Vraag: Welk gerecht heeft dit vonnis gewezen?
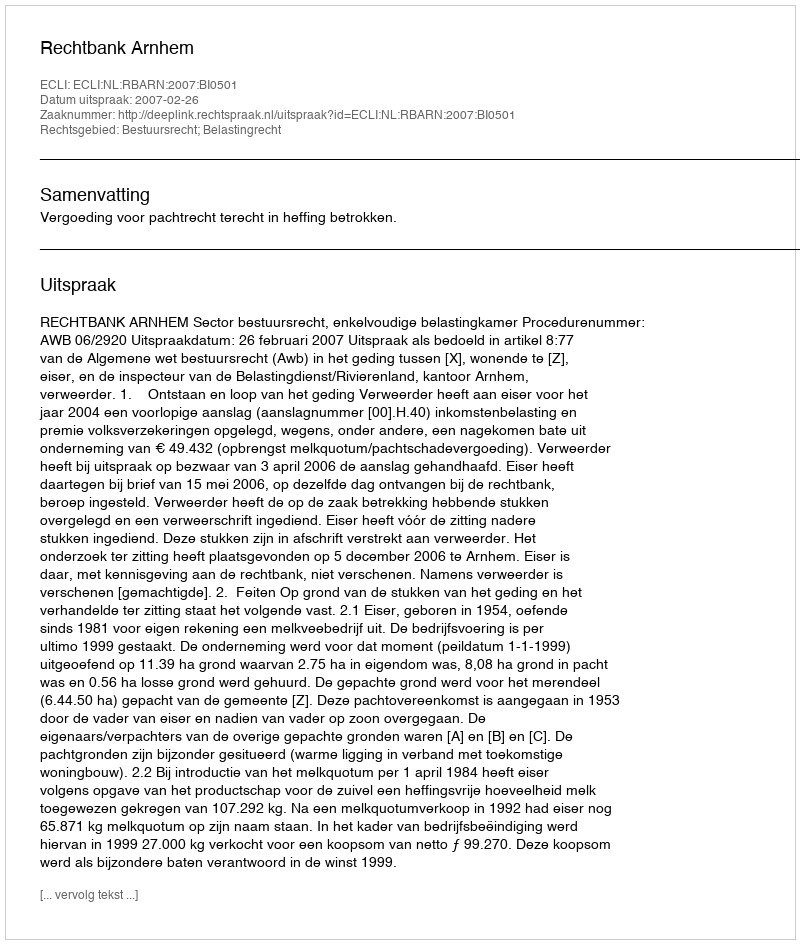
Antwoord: Rechtbank Arnhem